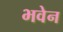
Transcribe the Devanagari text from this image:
भवेन